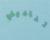
تناديني